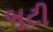
બૂટી